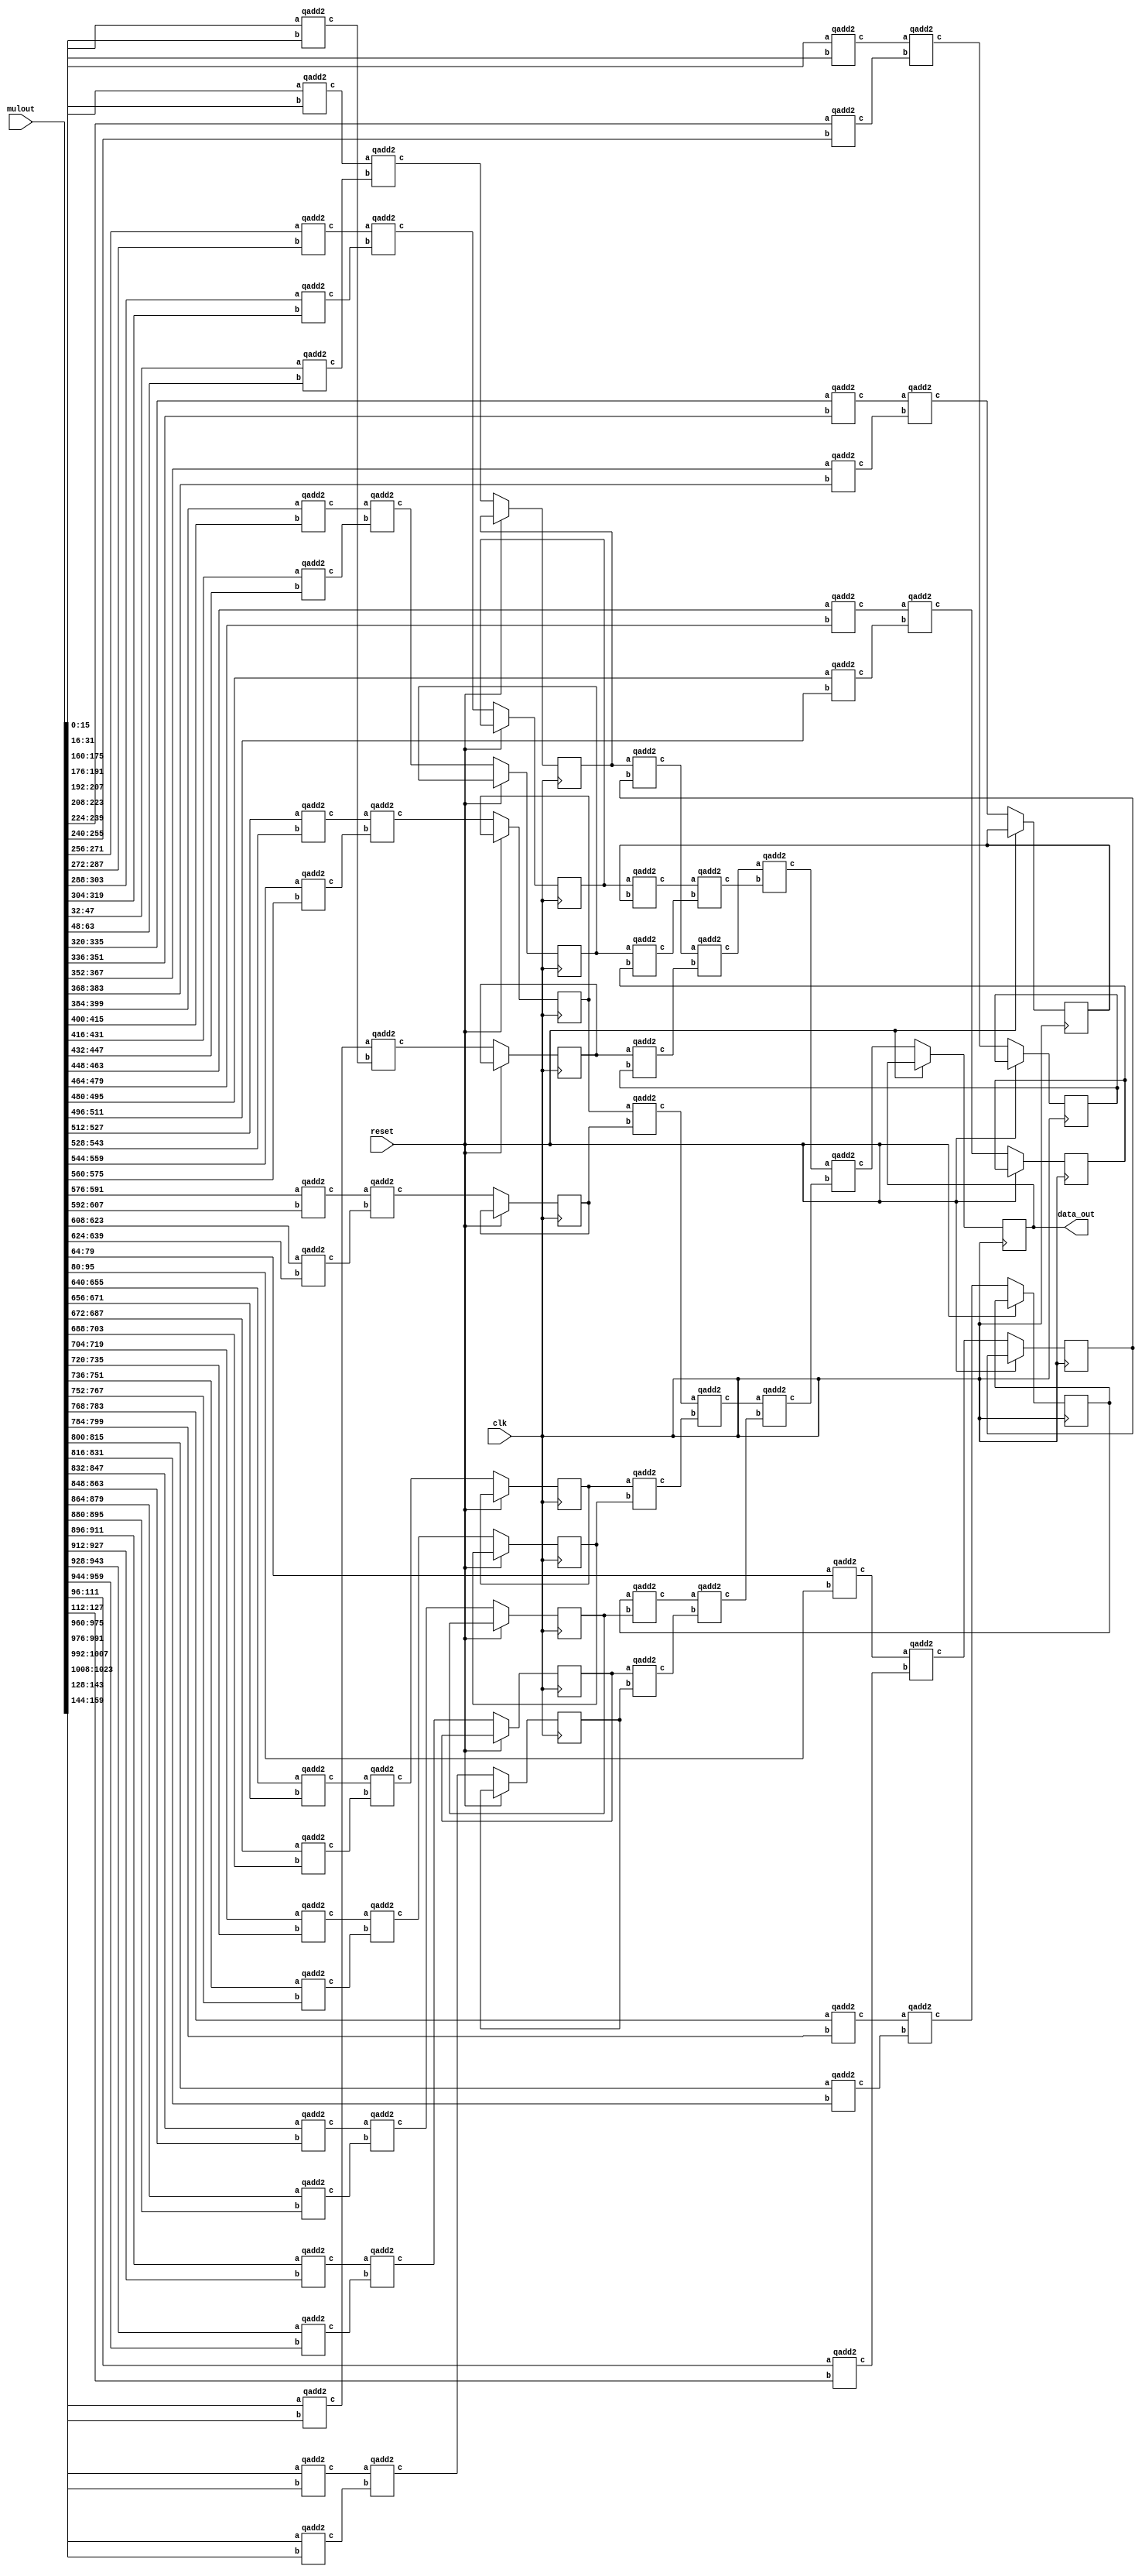
`define SIMULATION_MEMORY
`define ARRAY_DEPTH 64      //Number of Hidden neurons
`define INPUT_DEPTH 100	    //LSTM input vector dimensions
`define DATA_WIDTH 16		//16 bit representation
`define INWEIGHT_DEPTH 6400 //100x64
`define HWEIGHT_DEPTH 4096  //64x64
`define varraysize 1600   //100x16
`define uarraysize 1024  //64x16

module vecmat_add_h #(parameter uarraysize=1024,parameter vectwidth=64)
 (
 input clk,reset,
 input [uarraysize-1:0] mulout,
 output reg [15:0] data_out
 );
           
 wire [15:0] tmp0, tmp1 ,tmp2 ,tmp3 ,tmp4 ,tmp5 ,tmp6 ,tmp7 ,tmp8 ,tmp9 ,tmp10 ,tmp11 ,tmp12 ,tmp13 ,tmp14 ,tmp15 ,tmp16 ,tmp17 ,tmp18 ,tmp19 ,tmp20 ,tmp21 ,tmp22 ,tmp23 ,tmp24 ,tmp25 ,tmp26 ,tmp27 ,tmp28 ,tmp29 ,tmp30 ,tmp31 ,tmp32 ,tmp33 ,tmp34 ,tmp35 ,tmp36 ,tmp37 ,tmp38 ,tmp39 ,tmp40 ,tmp41 ,tmp42 ,tmp43 ,tmp44 ,tmp45 ,tmp46 ,tmp47 ,tmp48 ,tmp49 ,tmp50,tmp51 ,tmp52 ,tmp53,tmp54 ,tmp55 ,tmp56 ,tmp57 ,tmp58, tmp59 ,tmp60 ,tmp61,tmp62; 
 reg[31:0] i;
 reg [15:0] ff1,ff3,ff5,ff7,ff9,ff11,ff13,ff15,ff17,ff19,ff21,ff23,ff25,ff27,ff29,ff31;

 always @(posedge clk) begin
	if(~reset) begin
		data_out <= tmp61;

		//adding a flop pipeline stage
		ff1 <= tmp1;
		ff3 <= tmp3;
		ff5 <= tmp5;
		ff7 <= tmp7;
		ff9 <= tmp9;
		ff11 <= tmp11;
		ff13 <= tmp13;
		ff15 <= tmp15;
		ff17 <= tmp17;
		ff19 <= tmp19;
		ff21 <= tmp21;
		ff23 <= tmp23;
		ff25 <= tmp25;
		ff27 <= tmp27;
		ff29 <= tmp29;
		ff31 <= tmp31;
	end   
 end     
                                                        
           // fixed point addition  
        	qadd2 Add_u0(.a(mulout[16*0+:16]),.b(mulout[16*1+:16]),.c(tmp0));
		qadd2 Add_u2(.a(mulout[16*2+:16]),.b(mulout[16*3+:16]),.c(tmp2));
		qadd2 Add_u4(.a(mulout[16*4+:16]),.b(mulout[16*5+:16]),.c(tmp4));
		qadd2 Add_u6(.a(mulout[16*6+:16]),.b(mulout[16*7+:16]),.c(tmp6));
		qadd2 Add_u8(.a(mulout[16*8+:16]),.b(mulout[16*9+:16]),.c(tmp8));
		qadd2 Add_u10(.a(mulout[16*10+:16]),.b(mulout[16*11+:16]),.c(tmp10));
		qadd2 Add_u12(.a(mulout[16*12+:16]),.b(mulout[16*13+:16]),.c(tmp12));
		qadd2 Add_u14(.a(mulout[16*14+:16]),.b(mulout[16*15+:16]),.c(tmp14));
		qadd2 Add_u16(.a(mulout[16*16+:16]),.b(mulout[16*17+:16]),.c(tmp16));
		qadd2 Add_u18(.a(mulout[16*18+:16]),.b(mulout[16*19+:16]),.c(tmp18));
		qadd2 Add_u20(.a(mulout[16*20+:16]),.b(mulout[16*21+:16]),.c(tmp20));
		qadd2 Add_u22(.a(mulout[16*22+:16]),.b(mulout[16*23+:16]),.c(tmp22));
		qadd2 Add_u24(.a(mulout[16*24+:16]),.b(mulout[16*25+:16]),.c(tmp24));
		qadd2 Add_u26(.a(mulout[16*26+:16]),.b(mulout[16*27+:16]),.c(tmp26));
		qadd2 Add_u28(.a(mulout[16*28+:16]),.b(mulout[16*29+:16]),.c(tmp28));
		qadd2 Add_u30(.a(mulout[16*30+:16]),.b(mulout[16*31+:16]),.c(tmp30));
		qadd2 Add_u32(.a(mulout[16*32+:16]),.b(mulout[16*33+:16]),.c(tmp32));
		qadd2 Add_u34(.a(mulout[16*34+:16]),.b(mulout[16*35+:16]),.c(tmp34));
		qadd2 Add_u36(.a(mulout[16*36+:16]),.b(mulout[16*37+:16]),.c(tmp36));
		qadd2 Add_u38(.a(mulout[16*38+:16]),.b(mulout[16*39+:16]),.c(tmp38));
		qadd2 Add_u40(.a(mulout[16*40+:16]),.b(mulout[16*41+:16]),.c(tmp40));
		qadd2 Add_u42(.a(mulout[16*42+:16]),.b(mulout[16*43+:16]),.c(tmp42));
		qadd2 Add_u44(.a(mulout[16*44+:16]),.b(mulout[16*45+:16]),.c(tmp44));
		qadd2 Add_u46(.a(mulout[16*46+:16]),.b(mulout[16*47+:16]),.c(tmp46));
		qadd2 Add_u48(.a(mulout[16*48+:16]),.b(mulout[16*49+:16]),.c(tmp48));
		qadd2 Add_u50(.a(mulout[16*50+:16]),.b(mulout[16*51+:16]),.c(tmp50));
		qadd2 Add_u52(.a(mulout[16*52+:16]),.b(mulout[16*53+:16]),.c(tmp52));
		qadd2 Add_u54(.a(mulout[16*54+:16]),.b(mulout[16*55+:16]),.c(tmp54));
		qadd2 Add_u56(.a(mulout[16*56+:16]),.b(mulout[16*57+:16]),.c(tmp56));
		qadd2 Add_u58(.a(mulout[16*58+:16]),.b(mulout[16*59+:16]),.c(tmp58));
		qadd2 Add_u60(.a(mulout[16*60+:16]),.b(mulout[16*61+:16]),.c(tmp60));
		qadd2 Add_u62(.a(mulout[16*62+:16]),.b(mulout[16*63+:16]),.c(tmp62));
            
			qadd2 Add_u1(.a(tmp0),.b(tmp2),.c(tmp1));
			qadd2 Add_u3(.a(tmp4),.b(tmp6),.c(tmp3));
			qadd2 Add_u5(.a(tmp8),.b(tmp10),.c(tmp5));
			qadd2 Add_u7(.a(tmp12),.b(tmp14),.c(tmp7));
			qadd2 Add_u9(.a(tmp16),.b(tmp18),.c(tmp9));
			qadd2 Add_u11(.a(tmp20),.b(tmp22),.c(tmp11));
			qadd2 Add_u13(.a(tmp24),.b(tmp26),.c(tmp13));
			qadd2 Add_u15(.a(tmp28),.b(tmp30),.c(tmp15));
			qadd2 Add_u17(.a(tmp32),.b(tmp34),.c(tmp17));
			qadd2 Add_u19(.a(tmp36),.b(tmp38),.c(tmp19));
			qadd2 Add_u21(.a(tmp40),.b(tmp42),.c(tmp21));
			qadd2 Add_u23(.a(tmp44),.b(tmp46),.c(tmp23));
			qadd2 Add_u25(.a(tmp48),.b(tmp50),.c(tmp25));
			qadd2 Add_u27(.a(tmp52),.b(tmp54),.c(tmp27));
			qadd2 Add_u29(.a(tmp56),.b(tmp58),.c(tmp29));
			qadd2 Add_u31(.a(tmp60),.b(tmp62),.c(tmp31));

			qadd2 Add_u33(.a(ff1),.b(ff3),.c(tmp33));
			qadd2 Add_u35(.a(ff5),.b(ff7),.c(tmp35));
			qadd2 Add_u37(.a(ff9),.b(ff11),.c(tmp37));
			qadd2 Add_u39(.a(ff13),.b(ff15),.c(tmp39));
			qadd2 Add_u41(.a(ff17),.b(ff19),.c(tmp41));
			qadd2 Add_u43(.a(ff21),.b(ff23),.c(tmp43));
			qadd2 Add_u45(.a(ff25),.b(ff27),.c(tmp45));
			qadd2 Add_u47(.a(ff29),.b(ff31),.c(tmp47));

			qadd2 Add_u49(.a(tmp33),.b(tmp35),.c(tmp49));
			qadd2 Add_u51(.a(tmp37),.b(tmp39),.c(tmp51));
			qadd2 Add_u53(.a(tmp41),.b(tmp43),.c(tmp53));
			qadd2 Add_u55(.a(tmp45),.b(tmp47),.c(tmp55));

			qadd2 Add_u57(.a(tmp49),.b(tmp51),.c(tmp57));
			qadd2 Add_u59(.a(tmp53),.b(tmp55),.c(tmp59));

			qadd2 Add_u61(.a(tmp57),.b(tmp59),.c(tmp61));
			
			 /*qadd #(12,16) Add_u1(.a(tmp0),.b(tmp2),.c(tmp1));
			 qadd #(12,16) Add_u3(.a(tmp4),.b(tmp6),.c(tmp3));
			// qadd #(12,16) Add_u5(.a(tmp8),.b(tmp1),.c(tmp5));
 			 qadd #(12,16) Add_u7(.a(tmp1),.b(tmp3),.c(tmp7));*/
									
  
endmodule

module qadd2(
 input [15:0] a,
 input [15:0] b,
 output [15:0] c
    );
    
assign c = a + b;


endmodule